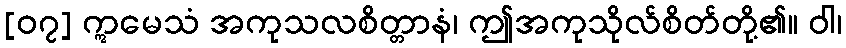
[၀၇] ဣမေသံ အကုသလစိတ္တာနံ၊ ဤအကုသိုလ်စိတ်တို့၏။ ဝါ၊